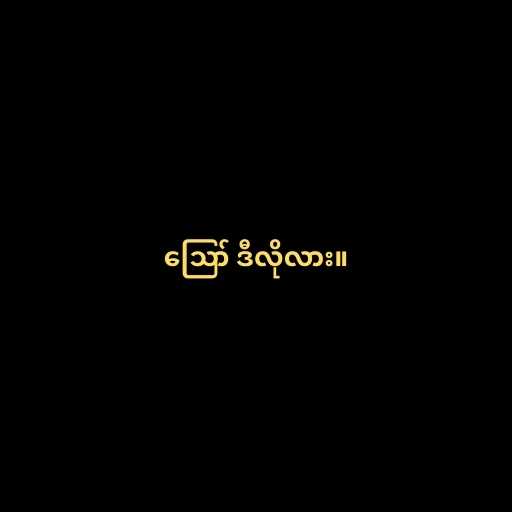
ဪ ဒီလိုလား။